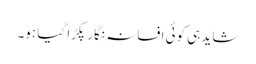
شاید ہی کوئی افسانہ نگار پکڑا گیا ہو۔